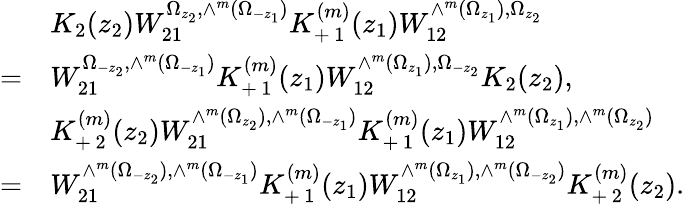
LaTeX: \begin{array}{cl}{{}}&{{K_{2}(z_{2})W_{21}^{\Omega_{z_{2}},\wedge^{m}(\Omega_{-z_{1}})}K_{+\, 1}^{(m)}(z_{1})W_{12}^{\wedge^{m}(\Omega_{z_{1}}),\Omega_{z_{2}}}}}\\ {{=}}&{{W_{21}^{\Omega_{-z_{2}},\wedge^{m}(\Omega_{-z_{1}})}K_{+\, 1}^{(m)}(z_{1})W_{12}^{\wedge^{m}(\Omega_{z_{1}}),\Omega_{-z_{2}}}K_{2}(z_{2}),}}\\ {{}}&{{K_{+\, 2}^{(m)}(z_{2})W_{21}^{\wedge^{m}(\Omega_{z_{2}}),\wedge^{m}(\Omega_{-z_{1}})}K_{+\, 1}^{(m)}(z_{1})W_{12}^{\wedge^{m}(\Omega_{z_{1}}),\wedge^{m}(\Omega_{z_{2}})}}}\\ {{=}}&{{W_{21}^{\wedge^{m}(\Omega_{-z_{2}}),\wedge^{m}(\Omega_{-z_{1}})}K_{+\, 1}^{(m)}(z_{1})W_{12}^{\wedge^{m}(\Omega_{z_{1}}),\wedge^{m}(\Omega_{-z_{2}})}K_{+\, 2}^{(m)}(z_{2}).}}\end{array}